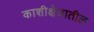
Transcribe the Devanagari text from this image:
काशीक्षेत्रातील